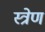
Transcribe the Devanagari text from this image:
स्त्रेण